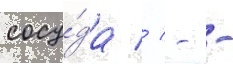
сосу́да // - -